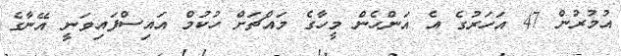
އުމުރުން 47 އަހަރުގެ އެ އަންހެން މީހާގެ މައްޗަށް ހުކުމް އައިސްފައިވަނީ އޭނާގެ